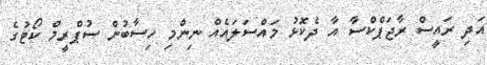
އަދި ރައީސް ރާޖަަޕްކްސާ އާ ދެކޮޅު މައްސަލައެއް ނިންމި ހިސާބުން ސުޕްރީމް ކޯޓުގެ